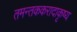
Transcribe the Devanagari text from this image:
तमन्तककरादाकृष्य